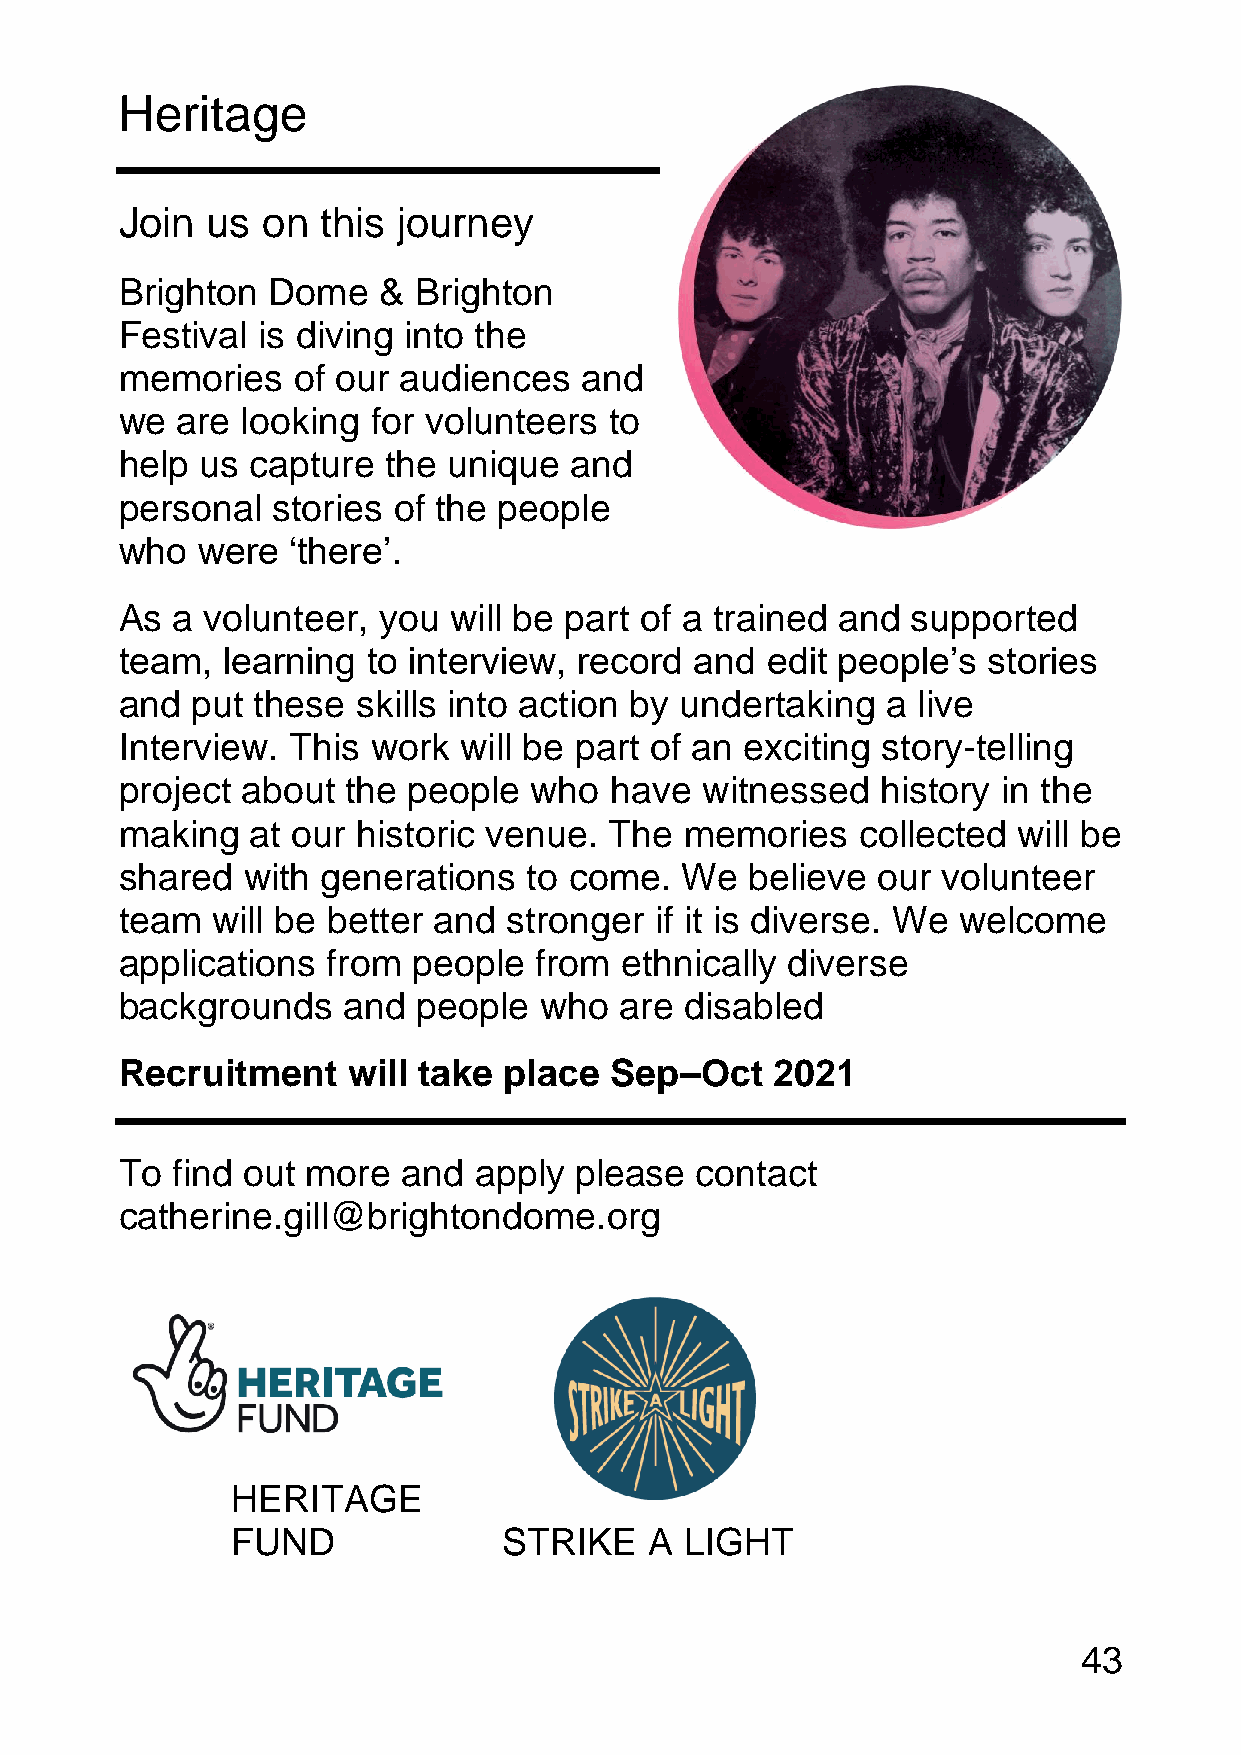
Heritage
 Join  us on  this journey
 Brighton  Dome   & Brighton
 Festival is diving into the
 memories   of our audiences   and
 we  are looking  for volunteers to
 help us  capture  the unique  and
 personal  stories of the people
 who  were  ‘there’.
 As a  volunteer, you  will be part of a trained and supported
 team,  learning to interview, record  and  edit people’s stories
 and  put these  skills into action by undertaking  a live
 Interview. This  work will be part of an exciting story-telling
 project about  the people  who  have  witnessed   history in the
 making   at our historic venue. The  memories    collected will be
 shared  with generations   to come.  We   believe our volunteer
 team  will be better and  stronger if it is diverse. We welcome
 applications  from people  from  ethnically diverse
 backgrounds    and  people  who  are disabled
 Recruitment    will take place  Sep–Oct    2021
 To find out more   and apply  please  contact
 catherine.gill@brightondome.org
 HERITAGE
 FUND              STRIKE    A LIGHT
 43